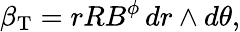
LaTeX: \beta_{\mathrm{T}}=rRB^{\phi}\, dr\wedge d\theta,